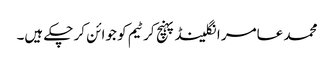
محمد عامر انگلینڈ پہنچ کر ٹیم کو جوائن کر چکے ہیں۔